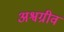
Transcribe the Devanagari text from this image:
अश्वग्रीव